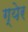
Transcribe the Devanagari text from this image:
ग्येर